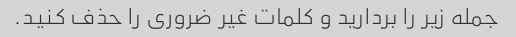
جمله زیر را بردارید و کلمات غیر ضروری را حذف کنید.